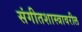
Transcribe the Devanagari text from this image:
संगीतशास्त्रावरील